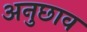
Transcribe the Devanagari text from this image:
अनुछाव